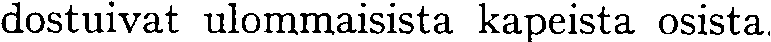
dostuivat ulommaisista kapeista osista.